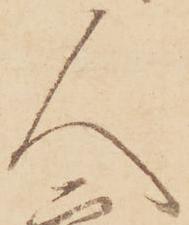
人